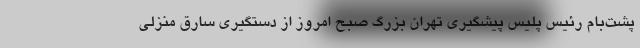
پشت‌بام رئیس پلیس پیشگیری تهران بزرگ صبح امروز از دستگیری سارق منزلی